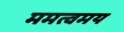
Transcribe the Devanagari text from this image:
ममत्वमय